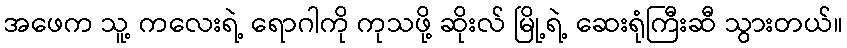
အဖေက သူ့ ကလေးရဲ့ ရောဂါကို ကုသဖို့ ဆိုးလ် မြို့ရဲ့ ဆေးရုံကြီးဆီ သွားတယ်။